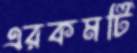
এরকমটি